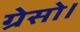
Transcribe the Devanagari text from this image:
ग्रेसो।